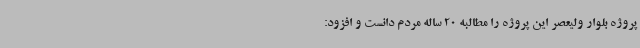
پروژه بلوار ولیعصر این پروژه را مطالبه 20 ساله مردم دانست و افزود: